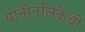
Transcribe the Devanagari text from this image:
योनीनलिकेची